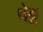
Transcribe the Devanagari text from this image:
पेट्ट